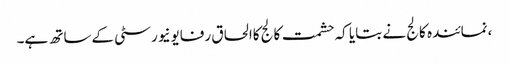
،نمائندہ کالج نے بتایا کہ حشمت کالج کاالحاق رفایونیورسٹی کےساتھ ہے۔